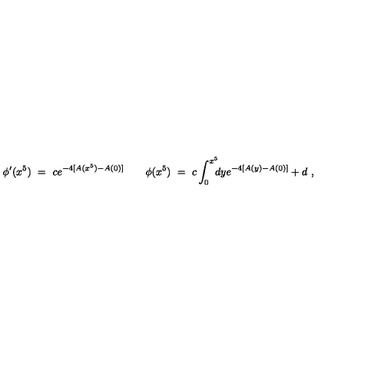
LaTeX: \phi ^ { \prime } ( x ^ { 5 } ) \ = \ c e ^ { - 4 [ A ( x ^ { 5 } ) - A ( 0 ) ] } \qquad \phi ( x ^ { 5 } ) \ = \ c \int _ { 0 } ^ { x ^ { 5 } } \! \! \! d y e ^ { - 4 [ A ( y ) - A ( 0 ) ] } + d \ ,